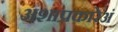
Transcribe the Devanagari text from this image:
अशाप्रकारेअं